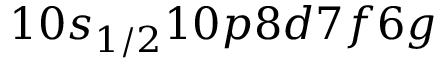
1 0 s _ { 1 / 2 } 1 0 p 8 d 7 f 6 g